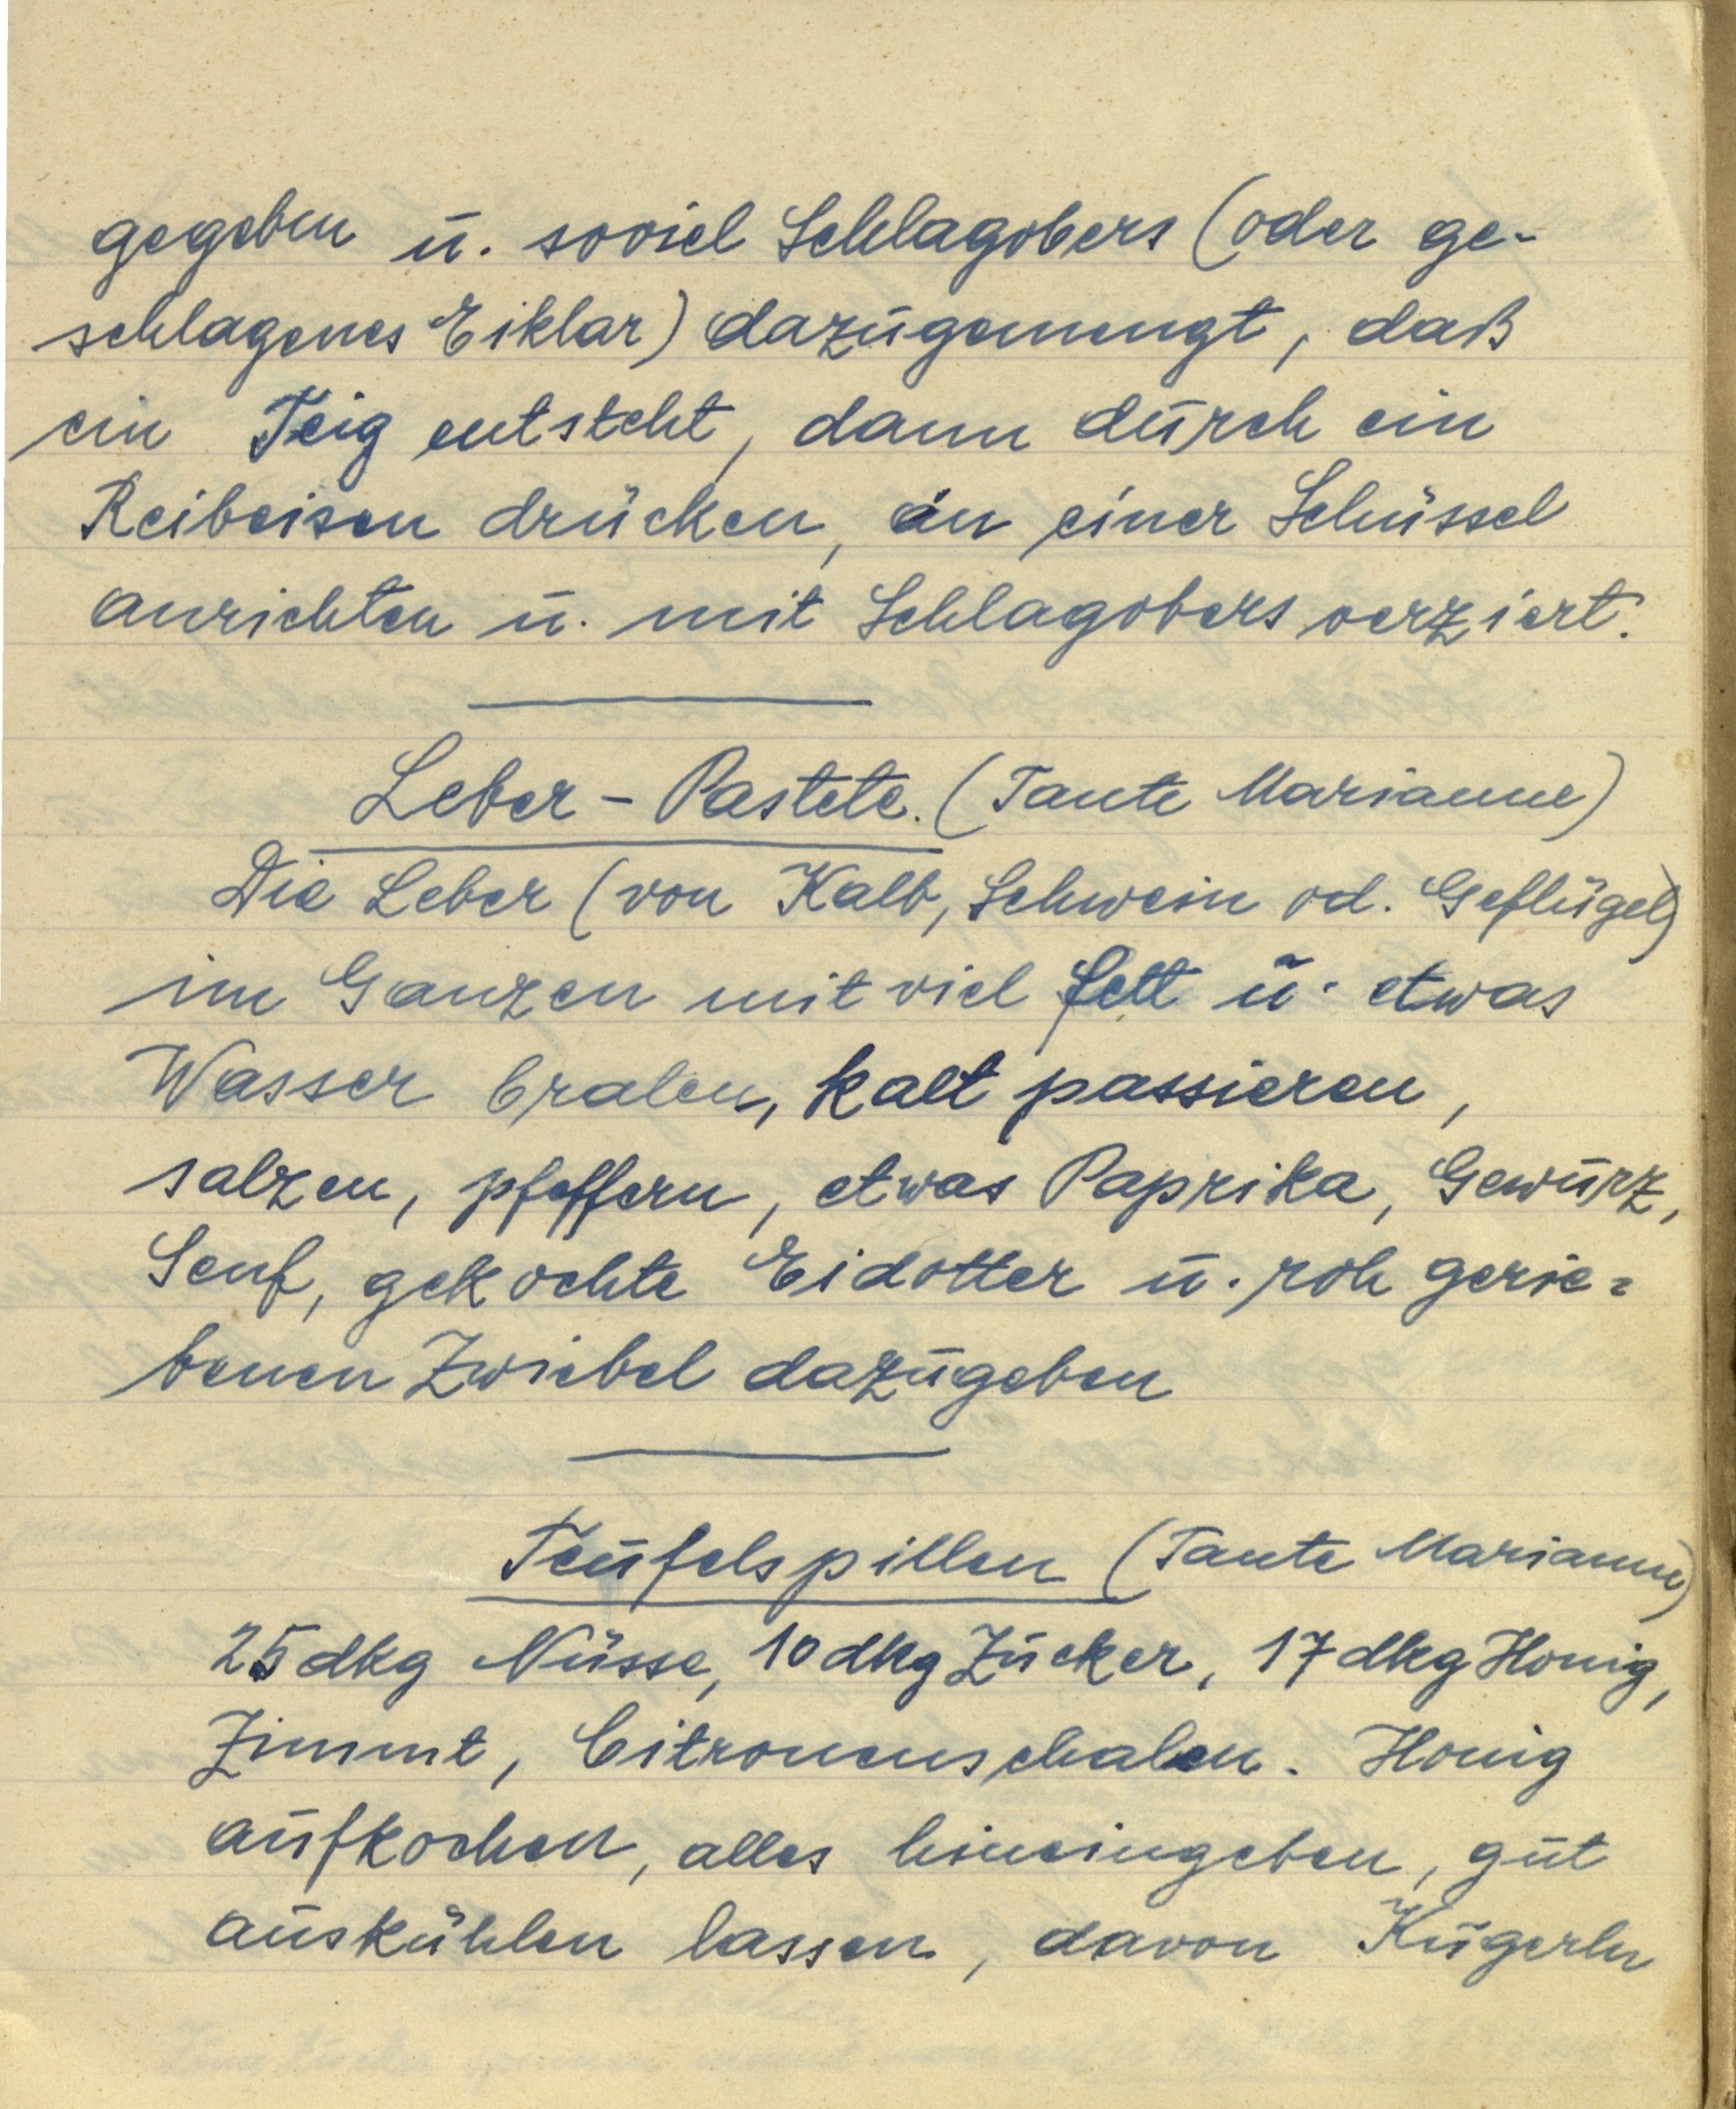
gegeben u. soviel Schlagobers (oder ge¬
schlagenes Eiklar) dazugemengt, daß
ein Teig entsteht, dann durch ein
Reibeisen drücken, in einer Schüssel
anrichten u. mit Schlagobers verziert.

Leber — Pastete. (Tante Marianne)
Die Leber (von Kalb, Schwein od. Geflügel)
im Ganzen mit viel Fett u. etwas
Wasser braten, kalt passieren,
salzen, pfeffern, etwas Paprika, Gewürz,
Senf, gekochte Eidotter u. roh gerie¬
benen Zwiebel dazugeben

Teufelspillen (Tante Marianne)
25 dkg Nüsse, 10 dkg Zucker, 17 dkg Honig,
Zimmt, Citronenschalen. Honig
aufkochen, alles hineingeben, gut
auskühlen lassen, davon Kugerln